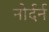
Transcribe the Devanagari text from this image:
नोर्दर्न